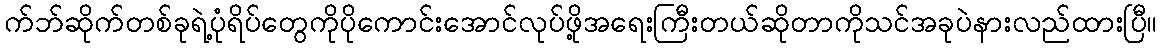
က်ဘ်ဆိုက်တစ်ခုရဲ့ပုံရိပ်တွေကိုပိုကောင်းအောင်လုပ်ဖို့အရေးကြီးတယ်ဆိုတာကိုသင်အခုပဲနားလည်ထားပြီ။